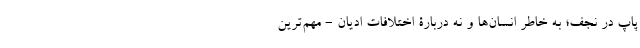
پاپ در نجف؛ به خاطر انسان‌ها و نه دربارۀ اختلافات ادیان - مهم‌ترین